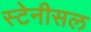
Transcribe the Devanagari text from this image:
स्टेनीसल